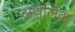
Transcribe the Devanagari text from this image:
अर्थलिंक